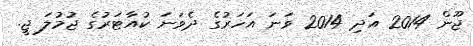
ޖޫން 2014 އަދި 2014 ވަނަ އަހަރުގެ ދެވަނަ ކުއާޓަރުގެ ޖުމުލަ ޖީ.